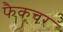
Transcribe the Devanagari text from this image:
फैकचर